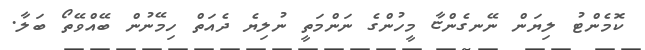
ކޮމެންޓު ލިޔަން ނޭނގެންޏާ މީހުންގެ ނަންމަތީ ނުލިޔެ ދެއަތް ހިމޭނުން ބޭއްވޭތޯ ބަލާ.